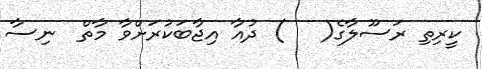
ކީރިތި ރަސޫލާގެ(   ) ދުއާ އިޖާބަކުރަށްވާ މާތް  ނިސާ